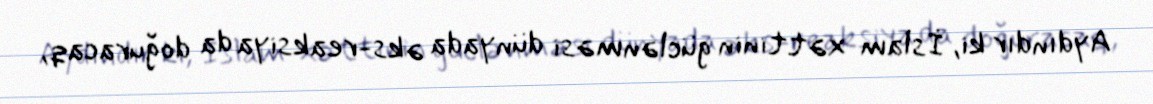
Aydındır ki, İslam xəttinin güclənməsi dünyada əks-reaksiya da doğuracaq,